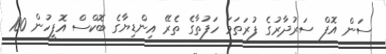
ސަން އޮފް ސަރުދާރުގެ ފުރަތަމަ ހަފުތާގެ ތެރޭ އިންޑިޔާގެ ބޮކްސް އޮފީހުން 100